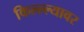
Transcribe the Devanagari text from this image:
किल्ल्ल्यावर